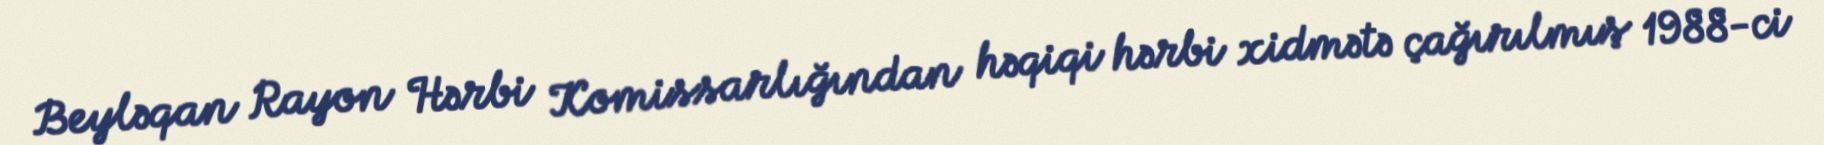
Beyləqan Rayon Hərbi Komissarlığından həqiqi hərbi xidmətə çağırılmış 1988-ci